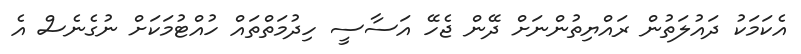
އެކަމަކު ދައުލަތުން ރައްޔިތުންނަށް ދޭން ޖެހޭ އަސާސީ ހިދުމަތްތައް ހުއްޓުމަކަށް ނުގެނެސް އެ